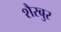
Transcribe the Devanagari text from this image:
शैरबुर